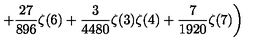
\displaystyle \left. \quad \quad \quad + \frac { 2 7 } { 8 9 6 } \zeta ( 6 ) + \frac { 3 } { 4 4 8 0 } \zeta ( 3 ) \zeta ( 4 ) + \frac { 7 } { 1 9 2 0 } \zeta ( 7 ) \right)